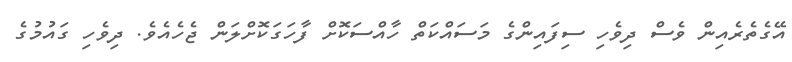
އޭގެތެރެއިން ވެސް ދިވެހި ސިފައިންގެ މަސައްކަތް ހާއްސަކޮށް ފާހަގަކޮށްލަން ޖެހެއެވެ. ދިވެހި ގައުމުގެ